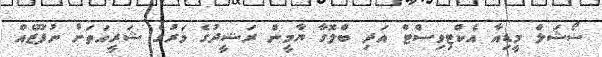
ސޯޝަލް މީޑިއާ އެކްޓިވިސްޓް އަދި ބްލޮގާ ޔާމީން ރަޝީދުގެ މަރުގެ ޝަރީއަތަށް ނުފޫޒެއް